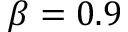
\beta = 0 . 9